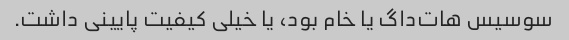
سوسیس هات‌داگ یا خام بود، یا خیلی کیفیت پایینی داشت.